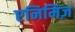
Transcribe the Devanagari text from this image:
एनिमिज़